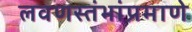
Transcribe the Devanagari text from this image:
लवणस्तंभांप्रमाणे